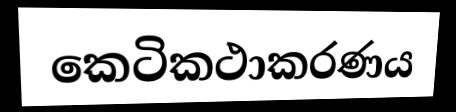
කෙටිකථාකරණය